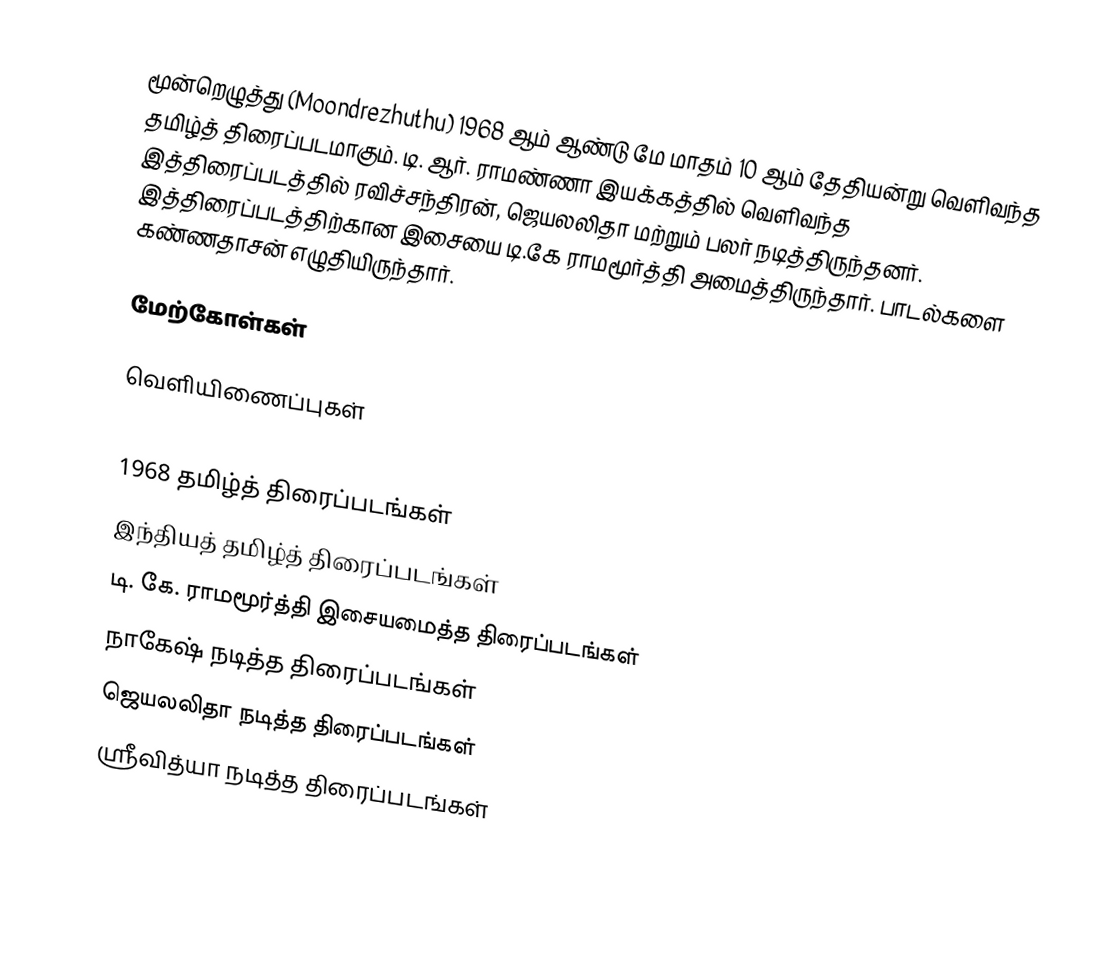
மூன்றெழுத்து (Moondrezhuthu) 1968 ஆம் ஆண்டு மே மாதம் 10 ஆம் தேதியன்று வெளிவந்த தமிழ்த் திரைப்படமாகும். டி. ஆர். ராமண்ணா இயக்கத்தில் வெளிவந்த இத்திரைப்படத்தில் ரவிச்சந்திரன், ஜெயலலிதா மற்றும் பலர் நடித்திருந்தனர். இத்திரைப்படத்திற்கான இசையை டி.கே ராமமூர்த்தி அமைத்திருந்தார். பாடல்களை கண்ணதாசன் எழுதியிருந்தார்.

மேற்கோள்கள்

வெளியிணைப்புகள்

1968 தமிழ்த் திரைப்படங்கள்
இந்தியத் தமிழ்த் திரைப்படங்கள்
டி. கே. ராமமூர்த்தி இசையமைத்த திரைப்படங்கள்
நாகேஷ் நடித்த திரைப்படங்கள்
ஜெயலலிதா நடித்த திரைப்படங்கள்
ஸ்ரீவித்யா நடித்த திரைப்படங்கள்